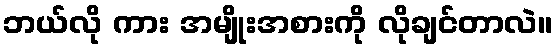
ဘယ်လို ကား အမျိုးအစားကို လိုချင်တာလဲ။